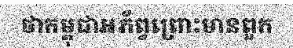
ថាកម្ពុជាអភ័ព្វព្រោះមានពួក